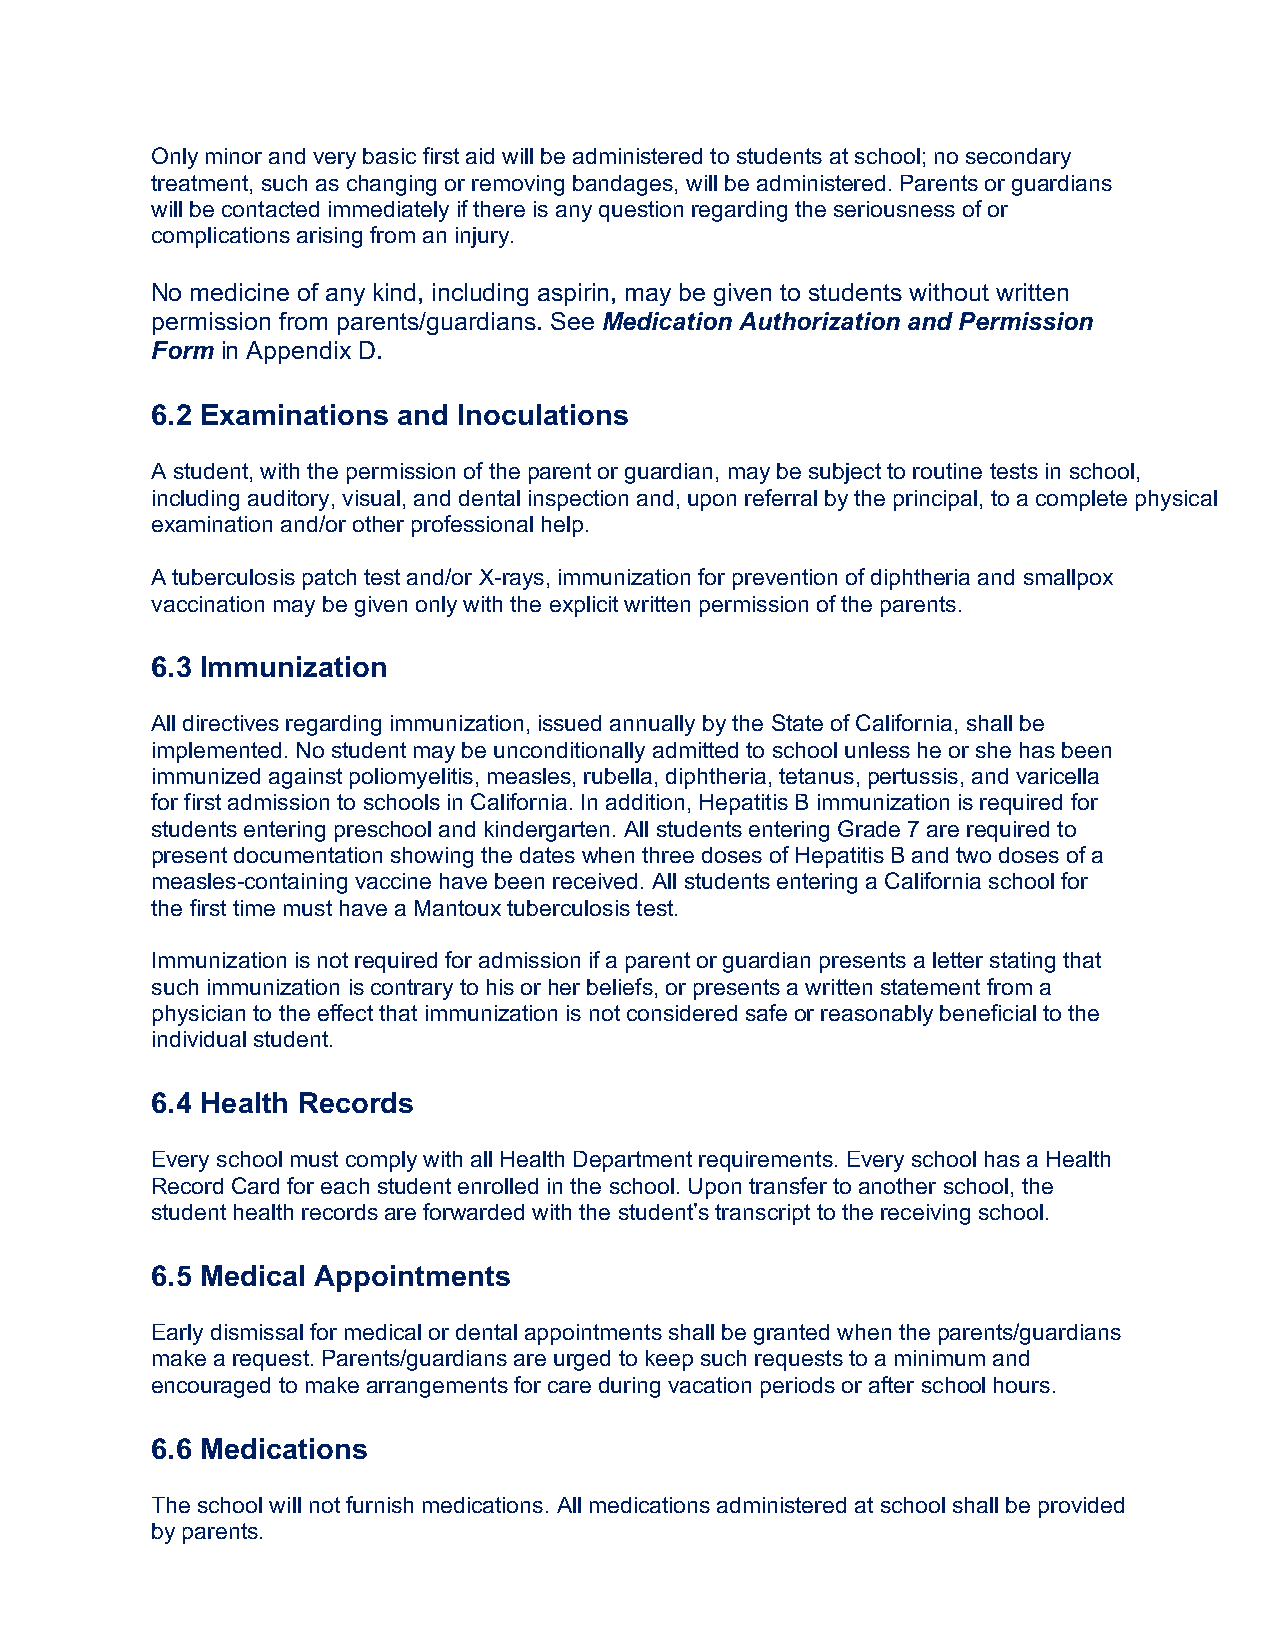
Only minor and very basic first aid will be administered to students at school; no secondary
 treatment, such as changing or removing bandages, will be administered. Parents or guardians
 will be contacted immediately if there is any question regarding the seriousness of or
 complications arising from an injury.
 No medicine of any kind, including aspirin, may be given to students without written
 permission from parents/guardians. See Medication Authorization and Permission
 Form in Appendix D.
 6.2 Examinations and Inoculations
 A student, with the permission of the parent or guardian, may be subject to routine tests in school,
 including auditory, visual, and dental inspection and, upon referral by the principal, to a complete physical
 examination and/or other professional help.
 A tuberculosis patch test and/or X-rays, immunization for prevention of diphtheria and smallpox
 vaccination may be given only with the explicit written permission of the parents.
 6.3 Immunization
 All directives regarding immunization, issued annually by the State of California, shall be
 implemented. No student may be unconditionally admitted to school unless he or she has been
 immunized against poliomyelitis, measles, rubella, diphtheria, tetanus, pertussis, and varicella
 for first admission to schools in California. In addition, Hepatitis B immunization is required for
 students entering preschool and kindergarten. All students entering Grade 7 are required to
 present documentation showing the dates when three doses of Hepatitis B and two doses of a
 measles-containing vaccine have been received. All students entering a California school for
 the first time must have a Mantoux tuberculosis test.
 Immunization is not required for admission if a parent or guardian presents a letter stating that
 such immunization is contrary to his or her beliefs, or presents a written statement from a
 physician to the effect that immunization is not considered safe or reasonably beneficial to the
 individual student.
 6.4 Health Records
 Every school must comply with all Health Department requirements. Every school has a Health
 Record Card for each student enrolled in the school. Upon transfer to another school, the
 student health records are forwarded with the student’s transcript to the receiving school.
 6.5 Medical Appointments
 Early dismissal for medical or dental appointments shall be granted when the parents/guardians
 make a request. Parents/guardians are urged to keep such requests to a minimum and
 encouraged to make arrangements for care during vacation periods or after school hours.
 6.6 Medications
 The school will not furnish medications. All medications administered at school shall be provided
 by parents.